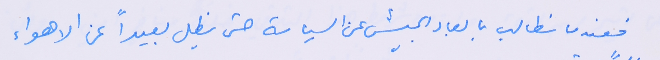
فعندما نطالب بابعاد الجيش عن السياسة حتى يظل بعيداً عن الاهواء